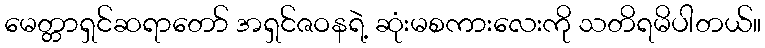
မေတ္တာရှင်ဆရာတော် အရှင်ဇဝနရဲ့ ဆုံးမစကားလေးကို သတိရမိပါတယ်။